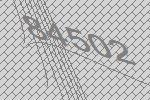
84502